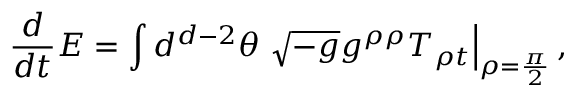
{ \frac { d } { d t } } E = \int d ^ { d - 2 } \theta \left. \sqrt { - g } g ^ { \rho \rho } T _ { \rho t } \right| _ { \rho = { \frac { \pi } { 2 } } } ,